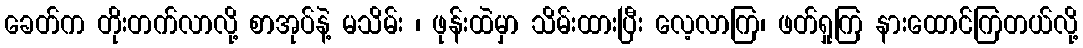
ခေတ်က တိုးတက်လာလို့ စာအုပ်နဲ့ မသိမ်း ၊ ဖုန်းထဲမှာ သိမ်းထားပြီး လေ့လာကြ၊ ဖတ်ရှုကြ နားထောင်ကြတယ်လို့